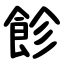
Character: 飻